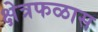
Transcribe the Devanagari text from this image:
क्षेत्रफळास